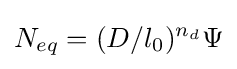
N_{eq}=(D/l_{0})^{n_{d}}\Psi